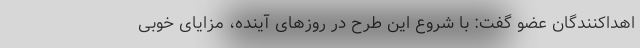
اهداکنندگان عضو گفت: با شروع این طرح در روزهای آینده، مزایای خوبی